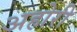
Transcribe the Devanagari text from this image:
अहोरी